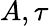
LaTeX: A,\tau